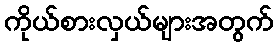
ကိုယ်စားလှယ်များအတွက်